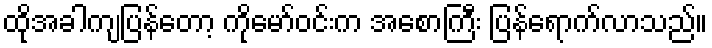
ထိုအခါကျပြန်တော့ ကိုမော်ဝင်းက အစောကြီး ပြန်ရောက်လာသည်။